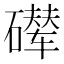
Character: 𪿵